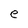
Character: e